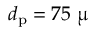
d _ { \mathrm { p } } = 7 5 ~ \upmu